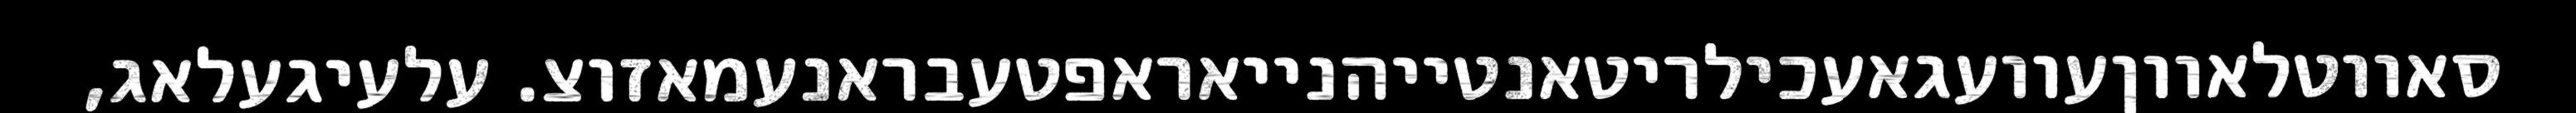
סאווטלאווןעוועגאעכילריטאנטייהנייאראפטעבראנעמאזוצ. עלעיגעלאג,